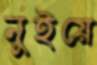
নুইয়ে